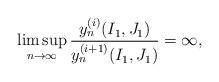
LaTeX: \begin{align*}\limsup_{n\to \infty}\frac{y^{(i)}_n(I_1,J_1)}{y^{(i+1)}_n(I_1,J_1)}=\infty,\end{align*}